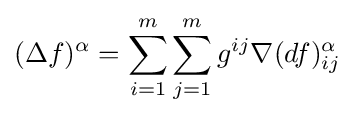
(\Delta f)^{\alpha }=\sum _{i=1}^{m}\sum _{j=1}^{m}g^{ij}\nabla (df)_{ij}^{\alpha }